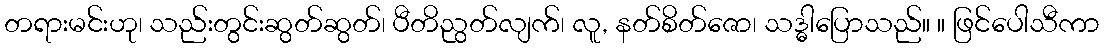
တရားမင်းဟု၊ သည်းတွင်းဆွတ်ဆွတ်၊ ပီတိညွတ်လျက်၊ လူ, နတ်စိတ်ဇော၊ သဒ္ဓါပြောသည်။ ။ ဖြင်ပေါသီကာ